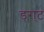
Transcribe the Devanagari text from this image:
ड्रा्ट